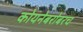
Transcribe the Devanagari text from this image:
कोयनेबरोबरच